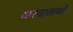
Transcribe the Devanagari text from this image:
करदातायों